Vaccination report Assam 1874-1896 - 1874-1896
Year: 1874
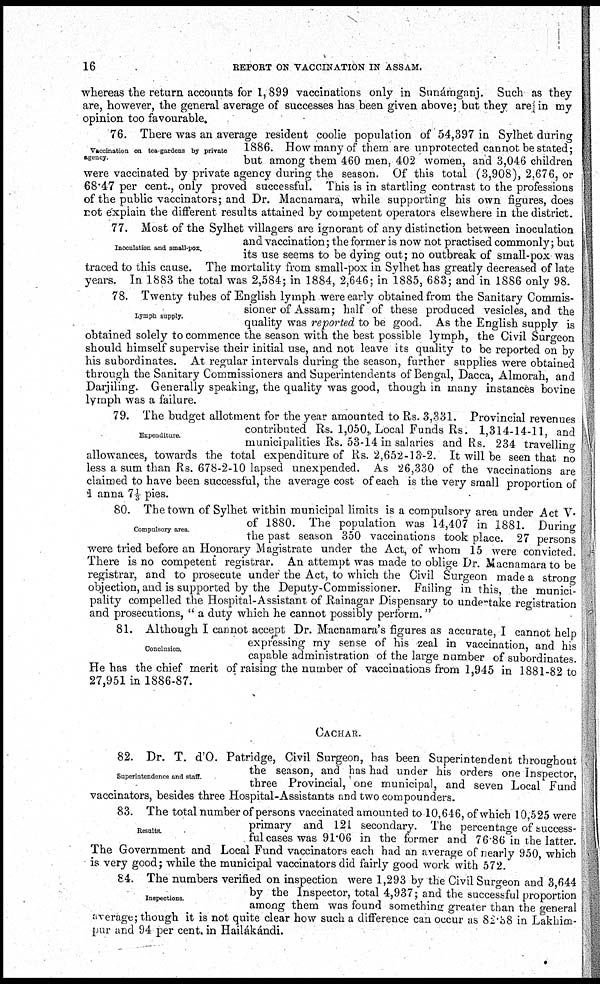
16
REPORT ON VACCINATION IN ASSAM.
whereas the return accounts for 1,899 vaccinations only in Snnámganj . Such as they
are, however, the general average of successes has been given above; but they are in my
opinion too favourable.
Vaccination on tea-gardens by private
agency.
76. There was an average resident coolie population of 54,397 in Sylhet during
1886. How many of them are unprotected cannot be stated;
but among them 460 men, 402 women, and 3,046 children
were vaccinated by private agency during the season. Of this total (3,908), 2,676, or
68.47 per cent., only proved successful. This is in startling contrast to the professions
of the public vaccinators; and Dr. Macnamara, while supporting his own figures, does
rot explain the different results attained by competent operators elsewhere in the district.
Inoculation and small-pox.
77. Most of the Sylhet villagers are ignorant of any distinction between inoculation
and vaccination; the former is now not practised commonly; but
its use seems to be dying out; no outbreak of small-pox was
traced to this cause. The mortality from small-pox in Sylhet has greatly decreased of late
years. In 1883 the total was 2,584; in 1884, 2,646; in 1885, 683; and in 1886 only 98.
Lymph supply.
78. Twenty tubes of English lymph were early obtained from the Sanitary Commis-
sioner of Assam; half of these produced vesicles, and the
quality was reported to be good. As the English supply is
obtained solely to commence the season with the best possible lymph, the Civil Surgeon
should himself supervise their initial use, and not leave its quality to be reported on by
his subordinates. At regular intervals during the season, further supplies were obtained
through the Sanitary Commissioners and Superintendents of Bengal, Dacca, Almorah, and
Darjiling. Generally speaking, the quality was good, though in many instances bovine
lymph was a failure.
Expenditure.
79. The budget allotment for the year amounted to Rs. 3,331. Provincial revenues
contributed Rs. 1,050, Local Funds Rs. 1,314-14-11, and
municipalities Rs. 53-14 in salaries and Rs. 234 travelling
allowances, towards the total expenditure of Rs. 2,652-13-2. It will be seen that no
less a sum than Rs. 678-2-10 lapsed unexpended. As 26,330 of the vaccinations are
claimed to have been successful, the average cost of each is the very small proportion of
1 anna 7 1/3 pies.
Compulsory area.
80. The town of Sylhet within municipal limits is a compulsory area under Act V.
of 1880. The population was 14,407 in 1881. During
the past season 350 vaccinations took place. 27 persons
were tried before an Honorary Magistrate under the Act, of whom 15 were convicted.
There is no competent registrar. An attempt was made to oblige Dr. Macnamara to be
registrar, and to prosecute under the Act, to which the Civil Surgeon made a strong
objection, and is supported by the Deputy-Commissioner. Failing in this, the munici-
pality compelled the Hospital-Assistant of Rainagar Dispensary to undertake registration
and prosecutions, " a duty which he cannot possibly perform."
Conclusion.
81. Although I cannot accept Dr. Macnamara's figures as accurate, I cannot help
expressing my sense of his zeal in vaccination, and his
capable administration of the large number of subordinates.
He has the chief merit of raising the number of vaccinations from 1,945 in 1881-82 to
27,951 in 1886-87.
CACHAR.
Superintendence and staff.
82. Dr. T. d'O. Patridge, Civil Surgeon, has been Superintendent throughout
the season, and has had under his orders one Inspector,
three Provincial, one municipal, and seven Local Fund
vaccinators, besides three Hospital-Assistants and two compounders.
Results.
83. The total number of persons vaccinated amounted to 10,646, of which 10,525 were
primary and 121 secondary. The percentage of success-
ful cases was 91.06 in the former and 76.86 in the latter.
The Government and Local Fund vaccinators each had an average of nearly 950, which
is very good; while the municipal vaccinators did fairly good work with 572.
Inspections.
84. The numbers verified on inspection were 1,293 by the Civil Surgeon and 3,644
by the Inspector, total 4,937; and the successful proportion
among them was found something greater than the general
average; though it is not quite clear how such a difference can occur as 82.38 in Lakhim-
pur and 94 per cent. in Hailákándi.